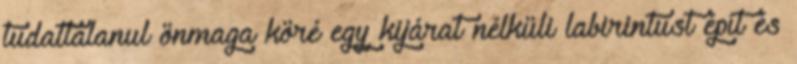
tudattalanul önmaga köré egy kijárat nélküli labirintust épít és